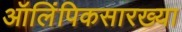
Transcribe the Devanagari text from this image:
ऑलिंपिकसारख्या